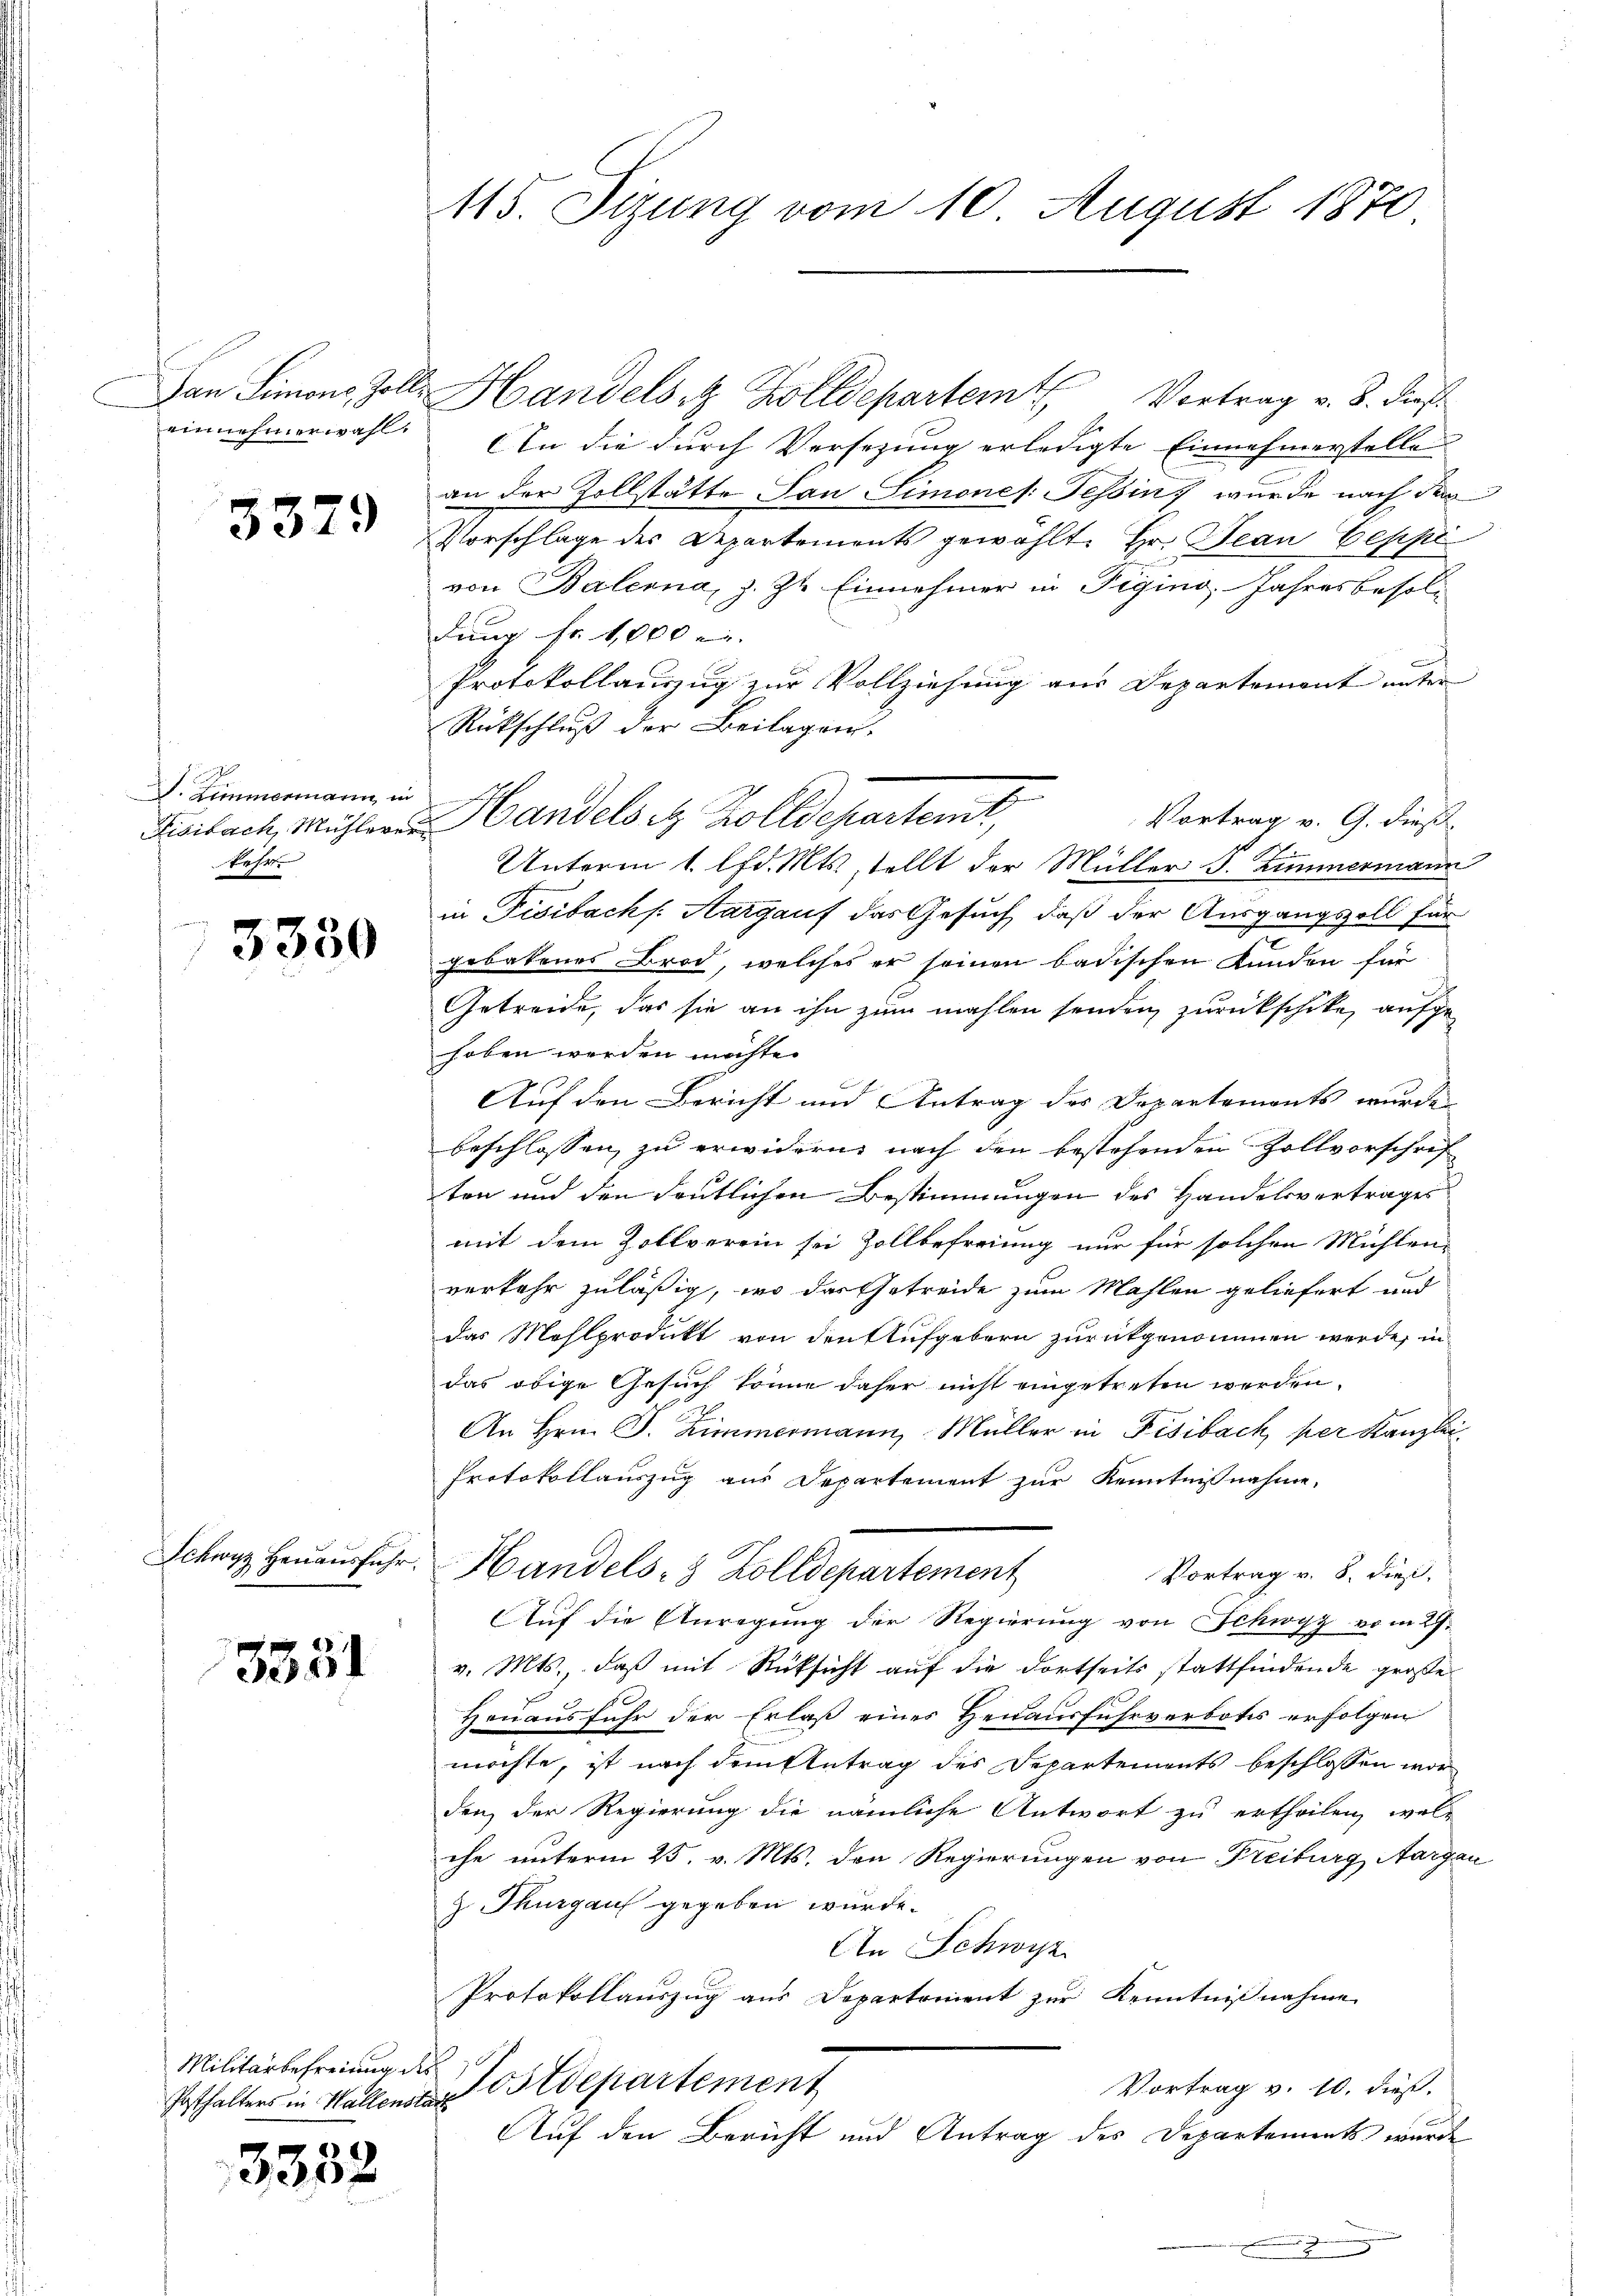
Dan Simons Zolli
einnehmerwahl.

3379

J. Zimmermann in
Fisibach, Mühlerer
kaser

3330

Sckwyz Heuausführ

3331

Militärbefreiung des
Posthalters in Hallensta

3332

115. Sizung vom 10. August 1870

Handels & Zolldepartemt
Vortrag v. 8. dieß.
An die durch Versezung erledigte Einnehmerstelle
an der Zollstätte San Simones: Tessin, wurde nach dem
Vorschlage des Departements gewählt. Hr. Jean Ceppi
von Balerna, z. Zt. Einnehmer in Figino, Jahresbesoltung Fr. 1,000 l.
Protokollauszug zur Vollziehung aus Departement unter
Rückschluß der Beilagen.
e
Handelsitz Zolldepartemt,
Vortrag v. G. dieß.
Unterm 1. lfd. Mts. stellt der Müller I. Zimmermann
in Fisibach Aargauf das Gesuch, daß der Ausgangszoll für
gebotenes Brod, welches er seinen badischen Kunden für
Getreide, das sie an ihn zum mahlen senden zurückschike, aufgehoben werden möchte.
Auf den Bericht und Antrag des Departements wurde
beschlossen, zu erwidern nach den bestehenden Zollvorschrif
ten und den deutlichen Bestimmungen des Handelsvertrages
mit dem Zollverein sei Zollbefreiung nur für solchen Mühlen
verkehr zuläßig, wo das Getreide zum Mahlen geliefert und
das Mohlprodukt von den Aufgebern zurückgenommen werde, in
das obige Gesuch könne daher nicht eingetreten werden.
An Hrn. J. Zimmermann, Müller in Fisibach per Kanzlei
Protokollauszug aus Departement zur Kenntnißnahme,
Handels- & Zolldepartement
Vortrag v. 8. dies
Auf die Anregung der Regierung von Schwyz vom 27.
v. Mts., daß mit Rücksicht auf die dortseits stattfindende große
Heuausfuhr der Erlaß eines Heuausfuhrverbotes erfolgen
möchte, ist nach dem Antrag des Departements beschlossen wor
den, der Regierung die nämliche Antwort zu ertheilen, welche unterm 25. v. Mts. den Regierungen von Freiburg Aargau
z. Thurgauf gegeben wurde.
An Schwyz
Protokollauszug aus Departoment zur Kenntnißnahme
Postdepartement
Vortrag v. 10. dieß.
h
Auf den Bericht und Antrag des Departements wurde
.

.